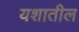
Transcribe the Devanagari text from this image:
यशातील